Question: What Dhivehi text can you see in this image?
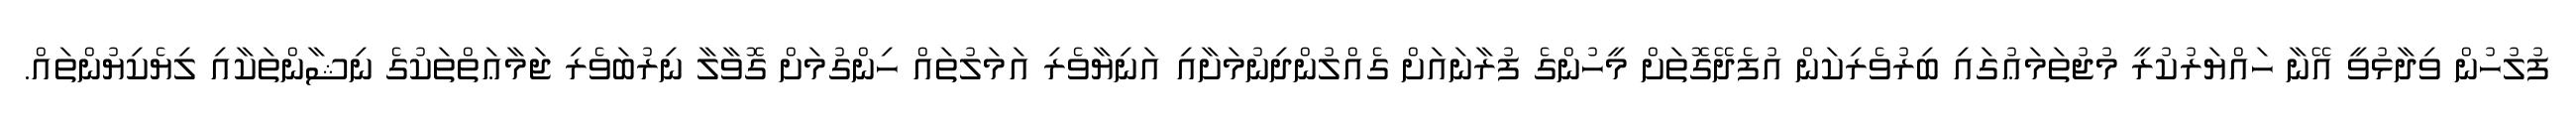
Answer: ފުލުހުން ވިދާޅުވީ އޭނާ ހައްޔަރުކުރީ މުޖުތަމަޢުގައި ބިރުވެރިކަން އުފެދޭގޮތަށް މީހުންގެ ފުރާނައަށް ގެއްލުންދިނުމަށާއި އަނިޔާވެރި އަމަލުތައް ހިންގުމަށް ގޮވާލާ ނިރުބަވެރި ޖަމާޢަތްތަކުގެ ނިޝާންތަކާއި ލިޔެކިޔުންތައް.